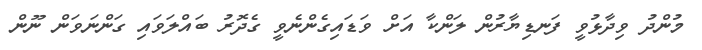
މުންދު ވިދާޅުވީ ފަނޑިޔާރުން ލަންކާ އަށް ވަޑައިގެންނެވީ ގެދޮރު ބައްލަވައި ގަންނަވަން ނޫން